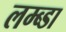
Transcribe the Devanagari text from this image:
लम्ब्डा